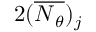
2 ( \overline { { \boldsymbol { N } _ { \theta } } } ) _ { j }